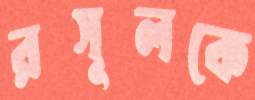
রসূলকে